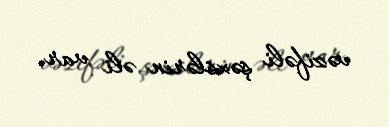
vəzifəli şəxslərin əli var.